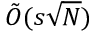
{ \tilde { O } } ( s { \sqrt { N } } )